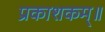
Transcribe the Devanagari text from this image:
प्रकाशकम्॥